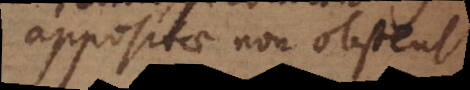
appositae non obstent.